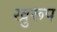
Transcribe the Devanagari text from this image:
खुरूप